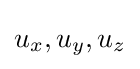
u_{x},u_{y},u_{z}